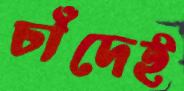
চাঁদেই